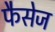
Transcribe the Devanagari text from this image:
फैसेज